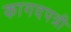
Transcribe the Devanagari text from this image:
कागदपत्री